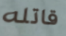
قاتله